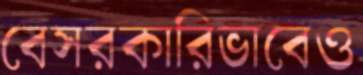
বেসরকারিভাবেও